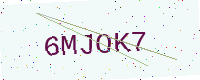
Text: 6MJOK7